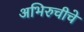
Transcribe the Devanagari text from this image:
अभिरुचीचे